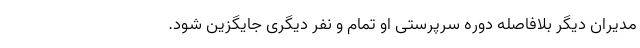
مدیران دیگر بلافاصله دوره سرپرستی او تمام و نفر دیگری جایگزین شود.